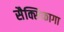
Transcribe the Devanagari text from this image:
सैक्सिफागा